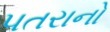
પતરાનો